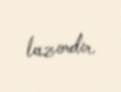
lazımdır.